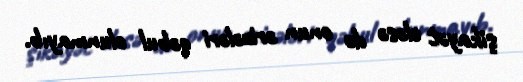
şikayət eləsə də onun ərizələri qəbul olunmayıb.